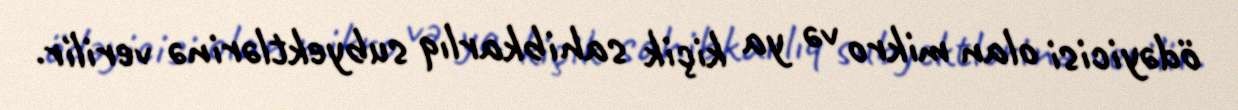
ödəyicisi olan mikro və ya kiçik sahibkarlıq subyektlərinə verilir.